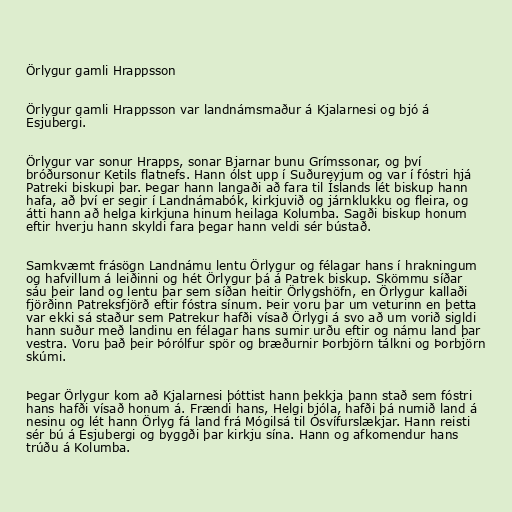
Örlygur gamli Hrappsson

Örlygur gamli Hrappsson var landnámsmaður á Kjalarnesi og bjó á
Esjubergi.

Örlygur var sonur Hrapps, sonar Bjarnar bunu Grímssonar, og því
bróðursonur Ketils flatnefs. Hann ólst upp í Suðureyjum og var í fóstri hjá
Patreki biskupi þar. Þegar hann langaði að fara til Íslands lét biskup hann
hafa, að því er segir í Landnámabók, kirkjuvið og járnklukku og fleira, og
átti hann að helga kirkjuna hinum heilaga Kolumba. Sagði biskup honum
eftir hverju hann skyldi fara þegar hann veldi sér bústað.

Samkvæmt frásögn Landnámu lentu Örlygur og félagar hans í hrakningum
og hafvillum á leiðinni og hét Örlygur þá á Patrek biskup. Skömmu síðar
sáu þeir land og lentu þar sem síðan heitir Örlygshöfn, en Örlygur kallaði
fjörðinn Patreksfjörð eftir fóstra sínum. Þeir voru þar um veturinn en þetta
var ekki sá staður sem Patrekur hafði vísað Örlygi á svo að um vorið sigldi
hann suður með landinu en félagar hans sumir urðu eftir og námu land þar
vestra. Voru það þeir Þórólfur spör og bræðurnir Þorbjörn tálkni og Þorbjörn
skúmi.

Þegar Örlygur kom að Kjalarnesi þóttist hann þekkja þann stað sem fóstri
hans hafði vísað honum á. Frændi hans, Helgi bjóla, hafði þá numið land á
nesinu og lét hann Örlyg fá land frá Mógilsá til Ósvífurslækjar. Hann reisti
sér bú á Esjubergi og byggði þar kirkju sína. Hann og afkomendur hans
trúðu á Kolumba.